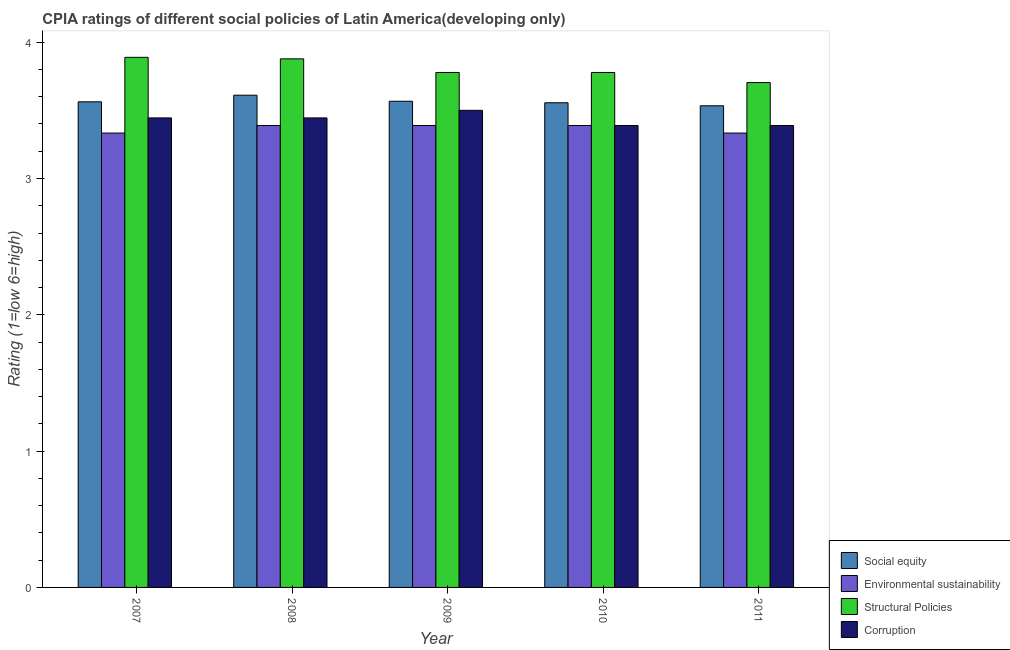
| Year | Social equity | Environmental sustainability | Structural Policies | Corruption |
 | --- | --- | --- | --- | --- |
 | 2007 | 3.56 | 3.33 | 3.89 | 3.44 |
 | 2008 | 3.61 | 3.39 | 3.88 | 3.44 |
 | 2009 | 3.57 | 3.39 | 3.78 | 3.5 |
 | 2010 | 3.56 | 3.39 | 3.78 | 3.39 |
 | 2011 | 3.53 | 3.33 | 3.7 | 3.39 |